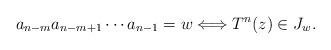
LaTeX: \begin{align*}a_{n-m}a_{n-m+1}\cdots a_{n-1}=w \Longleftrightarrow T^n(z)\in J_w.\end{align*}